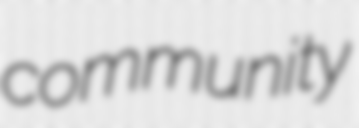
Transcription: community